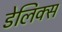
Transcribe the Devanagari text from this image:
डेलिक्स